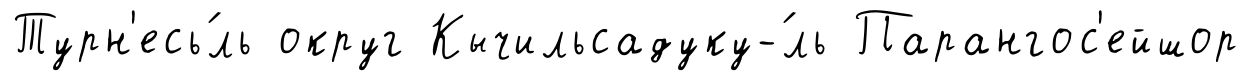
Турн'есь́ль округ Кычильсадуку-́ль Парангос'ейшор